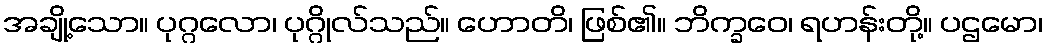
အချို့သော။ ပုဂ္ဂလော၊ ပုဂ္ဂိုလ်သည်။ ဟောတိ၊ ဖြစ်၏။ ဘိက္ခဝေ၊ ရဟန်းတို့။ ပဌမော၊